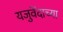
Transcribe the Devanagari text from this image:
यजुवेंदाच्या